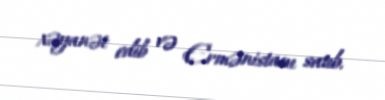
xəyanət edib və Ermənistanı satıb.